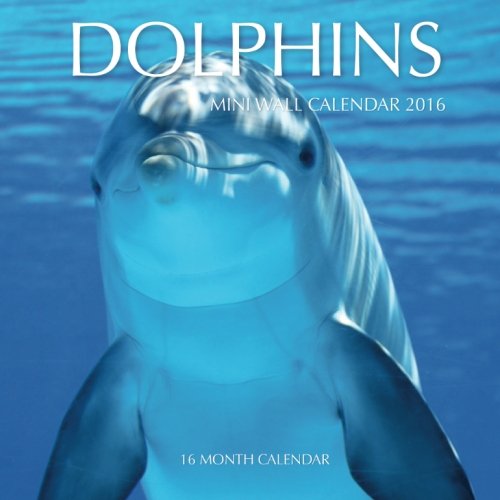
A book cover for Dolphins Mini Wall Calendar 2016: 16 Month Calendar; Jack Smith; Calendars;